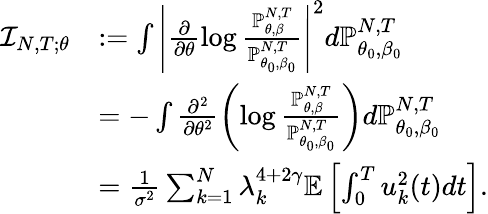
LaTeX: \begin{array}{rl}{\mathcal{I}_{N,T;\theta}}&{:=\int\left|\frac{\partial}{\partial\theta}\log\frac{\mathbb P_{\theta,\beta}^{N,T}}{\mathbb P_{\theta_{0},\beta_{0}}^{N,T}}\right|^{2}d\mathbb P_{\theta_{0},\beta_{0}}^{N,T}}\\ &{=-\int\frac{\partial^{2}}{\partial\theta^{2}}\left(\log\frac{\mathbb P_{\theta,\beta}^{N,T}}{\mathbb P_{\theta_{0},\beta_{0}}^{N,T}}\right)d\mathbb P_{\theta_{0},\beta_{0}}^{N,T}}\\ &{=\frac{1}{\sigma^{2}}\sum_{k=1}^{N}\lambda_{k}^{4+2\gamma}\mathbb E\left[\int_{0}^{T}u_{k}^{2}(t)dt\right].}\end{array}